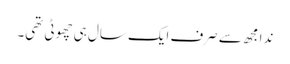
ندا مجھ سے صرف ایک سال ہی چھوٹی تھی۔